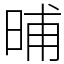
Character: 晡